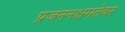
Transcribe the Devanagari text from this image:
प्रजननक्षमतेवर